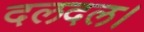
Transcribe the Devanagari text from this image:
दलदल।